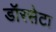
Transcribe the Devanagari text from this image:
डॉरसेटा